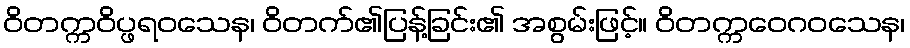
ဝိတက္ကဝိပ္ဖရဝသေန၊ ဝိတက်၏ပြန့်ခြင်း၏ အစွမ်းဖြင့်။ ဝိတက္ကဝေဂဝသေန၊